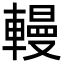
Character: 䡬